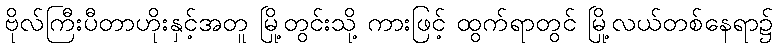
ဗိုလ်ကြီးပီတာဟိုးနှင့်အတူ မြို့တွင်းသို့ ကားဖြင့် ထွက်ရာတွင် မြို့လယ်တစ်နေရာ၌